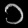
Digit: ၁